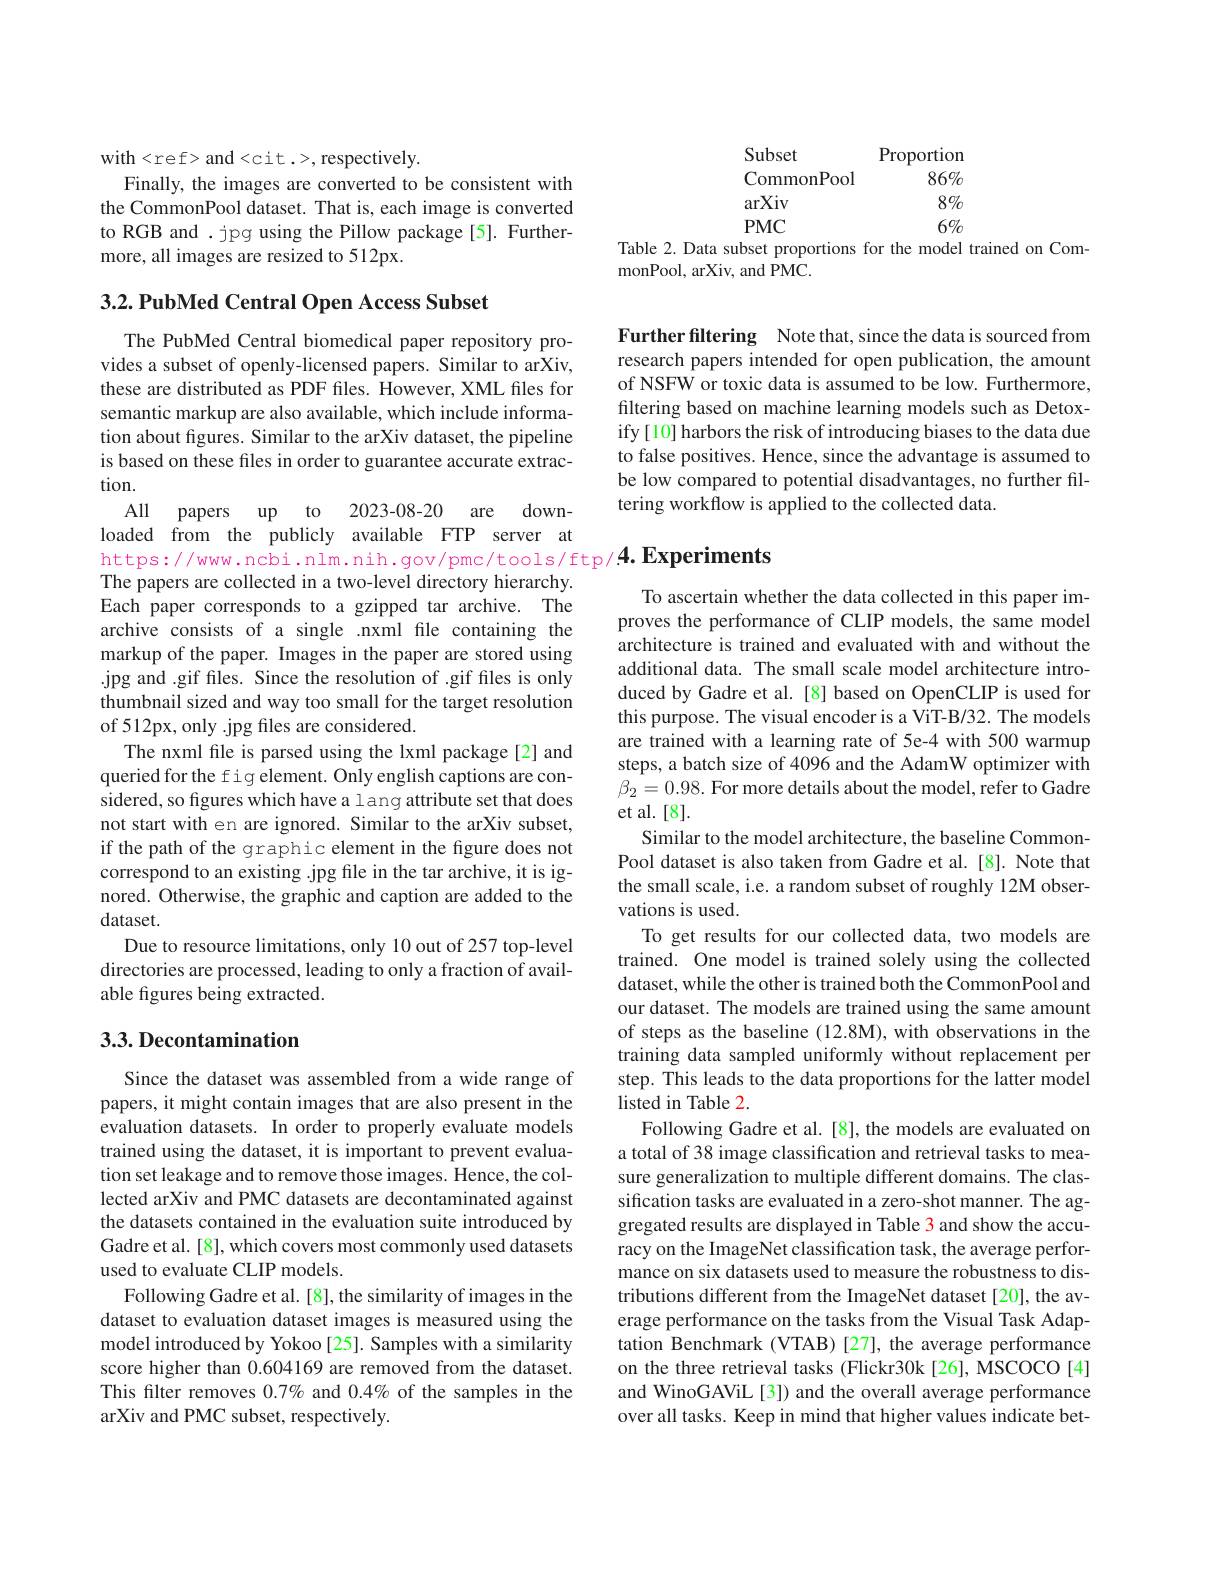
with<ref> and<cit.>, respectively.
Finally, the images are converted to be consistent with the CommonPool dataset. That is, each image is converted to RGB and .jpg using the Pillow package[5]. Furthermore, all images are resized to 512px.

$3. 2. \textbf{PubMed Central Open Access Subset}$

The PubMed Central biomedical paper repository provides a subset of openly-licensed papers. Similar to arXiv, these are distributed as PDF fles. However, XML files for semantic markup are also available, which include information about figures. Similar to the arXiv dataset, the pipeline is based on these files in order to guarantee accurate extraction.
All papers up to 2023-08-20 are downloaded from the publicly available FTP server at The papers are collected in a two-level directory hierarchy. Each paper corresponds to a gzipped tar archive. The archive consists of a single .nxml file containing the markup of the paper. Images in the paper are stored using .jpg and .gif files. Since the resolution of .gif files is only thumbnail sized and way too small for the target resolution of 512px, only .jpg files are considered.
The nxml file is parsed using the lxml package[2] and queried for the fig element. Only english captions are considered, so figures which have a lang attribute set that does not start with en are ignored. Similar to the arXiv subset, if the path of the graphic element in the figure does not correspond to an existing .jpg file in the tar archive, it is ignored. Otherwise, the graphic and caption are added to the dataset.
Due to resource limitations, only 10 out of 257 top-level directories are processed, leading to only a fraction of available figures being extracted.

## $3. 3. \textbf{Decontamination}$

Since the dataset was assembled from a wide range of papers, it might contain images that are also present in the evaluation datasets. In order to properly evaluate models trained using the dataset, it is important to prevent evaluation set leakage and to remove those images. Hence, the collected arXiv and PMC datasets are decontaminated against the datasets contained in the evaluation suite introduced by Gadre et al. [8], which covers most commonly used datasets used to evaluate CLIP models.
Following Gadre et al. [8], the similarity of images in the dataset to evaluation dataset images is measured using the model introduced by Yokoo [25]. Samples with a similarity score higher than 0.604169 are removed from the dataset. This filter removes $0.7\%$ and $0.4\%$ of the samples in the arXiv and PMC subset, respectively.

Subset
Proportion
$86\%$
CommonPool
arXiv
$8\%$
PMC
$6\%$
Table 2. Data subset proportions for the model trained on Com-
monPool, arXiv, and PMC.

Further filtering Note that, since the data is sourced from research papers intended for open publication, the amount of NSFW or toxic data is assumed to be low. Furthermore, filtering based on machine learning models such as Detoxify[10] harbors the risk of introducing biases to the data due to false positives. Hence, since the advantage is assumed to be low compared to potential disadvantages, no further filtering workflow is applied to the collected data.

https://www.ncbi.nlm.nih.gov/pmc/tools/ftp/4.Experiments

To ascertain whether the data collected in this paper improves the performance of CLIP models, the same model architecture is trained and evaluated with and without the additional data. The small scale model architecture introduced by Gadre et al.[8] based on OpenCLIP is used for this purpose. The visual encoder is a ViT-B/32. The models are trained with a learning rate of 5e-4 with 500 warmup steps, a batch size of 4096 and the AdamW optimizer with $\beta_{2}=0.98.$ For more details about the model, refer to Gadre et al.[8].
Similar to the model architecture, the baseline CommonPool dataset is also taken from Gadre et al.[8]. Note that the small scale, i.e. a random subset of roughly 12M observations is used.
To get results for our collected data, two models are trained. One model is trained solely using the collected dataset, while the other is trained both the CommonPool and our dataset. The models are trained using the same amount of steps as the baseline (12.8M), with observations in the training data sampled uniformly without replacement per step. This leads to the data proportions for the latter model listed in Table 2.
Following Gadre et al. [8], the models are evaluated on a total of 38 image classification and retrieval tasks to measure generalization to multiple different domains. The classification tasks are evaluated in a zero-shot manner. The aggregated results are displayed in Table 3 and show the accuracy on the ImageNet classification task, the average performance on six datasets used to measure the robustness to distributions different from the ImageNet dataset[20], the average performance on the tasks from the Visual Task Adaptation Benchmark (VTAB) [27], the average performance on the three retrieval tasks (Flickr30k[26], MSCOCO[4] and WinoGAViL [3]) and the overall average performance over all tasks. Keep in mind that higher values indicate bet-